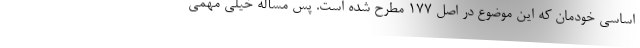
اساسی خودمان که این موضوع در اصل ۱۷۷ مطرح شده است. پس مسأله خیلی مهمی